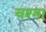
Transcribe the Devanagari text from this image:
चश्‍मा